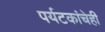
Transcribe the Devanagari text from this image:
पर्यटकांचेही